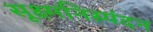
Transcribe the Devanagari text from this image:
सूक्ष्मनिस्पंदन